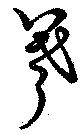
羲